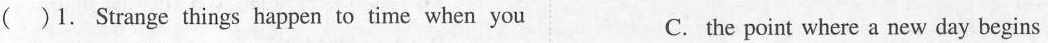
( )1. Strange things happen to time when you C. the point where a new day begins